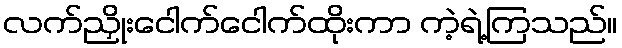
လက်ညှိုးငေါက်ငေါက်ထိုးကာ ကဲ့ရဲ့ကြသည်။